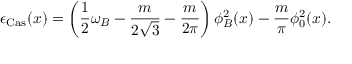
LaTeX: \epsilon _ { \mathrm { C a s } } ( x ) = \left( \frac { 1 } { 2 } \omega _ { B } - \frac { m } { 2 \sqrt { 3 } } - \frac { m } { 2 \pi } \right) \phi _ { B } ^ { 2 } ( x ) - \frac { m } { \pi } \phi _ { 0 } ^ { 2 } ( x ) .